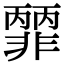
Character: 𩇽